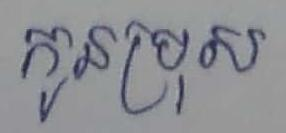
កូនប្រុស